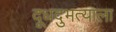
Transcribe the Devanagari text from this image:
दूधदुभत्याला